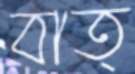
বাত্